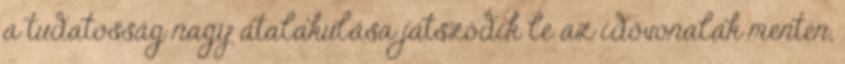
a tudatosság nagy átalakulása játszódik le az idővonalak mentén,